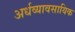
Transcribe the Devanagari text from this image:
अर्धव्यावसायिक